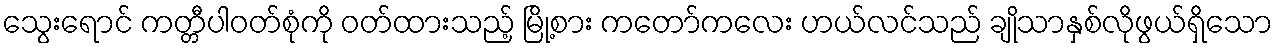
သွေးရောင် ကတ္တီပါဝတ်စုံကို ဝတ်ထားသည့် မြို့စား ကတော်ကလေး ဟယ်လင်သည် ချိုသာနှစ်လိုဖွယ်ရှိသော